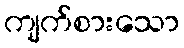
ကျက်စားသော